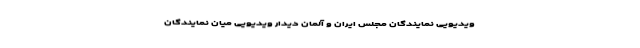
ویدیویی نمایندگان مجلس ایران و آلمان دیدار ویدیویی میان نمایندگان